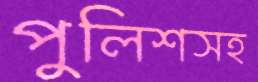
পুলিশসহ